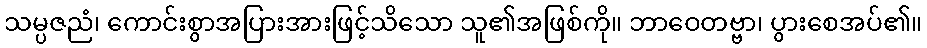
သမ္ပဇညံ၊ ကောင်းစွာအပြားအားဖြင့်သိသော သူ၏အဖြစ်ကို။ ဘာဝေတဗ္ဗာ၊ ပွားစေအပ်၏။